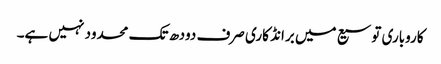
کاروباری توسیع میں برانڈ کاری صرف دودھ تک محدود نہیں ہے۔